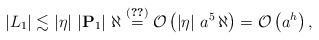
\begin{align*}\left| L_{1} \right| \lesssim \left\vert \eta \right\vert \, \left\vert {\bf{P}}_{1} \right\vert \, \aleph \overset{(\ref{DefP1S})}{=} \mathcal{O}\left( \left\vert \eta \right\vert \, a^{5} \, \aleph \right)=\mathcal{O}\left(a^h\right), \end{align*}